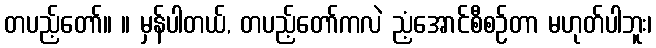
တပည့်တော်။ ။ မှန်ပါတယ်, တပည့်တော်ကလဲ ညံ့အောင်စီစဉ်တာ မဟုတ်ပါဘူး၊